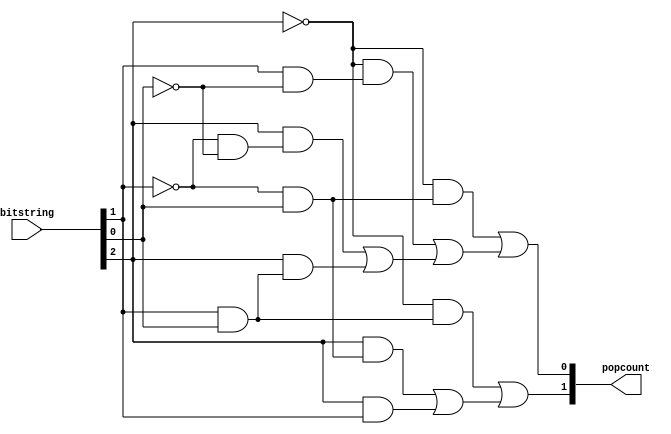
module Popcount(
  input [2:0] bitstring,
  output [1:0] popcount
);
  reg [1:0] popcount;
  reg y1, y2, y3;
  reg z1, z2, z3, z4;

  // INSERT LOGIC HERE
  
  always @( * ) begin
    
    // Count number of 1s for output y (higher order)
    y1 = ~bitstring[2] & (bitstring[1] & bitstring[0]);
    y2 = bitstring[2] & (~bitstring[1] & bitstring[0]);
    y3 = bitstring[2] & bitstring[1];
    popcount[1] = y1 | (y2 | y3);

    // Count number of 1s for output z (lower order)
    z1 = ~bitstring[2] & (~bitstring[1] & bitstring[0]);
    z2 = ~bitstring[2] & (bitstring[1] & ~bitstring[0]);
    z3 = bitstring[2] & (~bitstring[1] & ~bitstring[0]);
    z4 = bitstring[2] & (bitstring[1] & bitstring[0]);
    popcount[0] = z1 | (z2 | (z3 | z4));

  end

endmodule